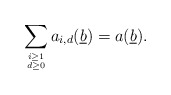
\begin{align*}\sum_{i \geq 1 \atop {d \geq 0}}a_{i,d}(\underline{b}) = a(\underline{b}).\end{align*}